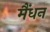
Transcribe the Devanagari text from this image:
मैंधन